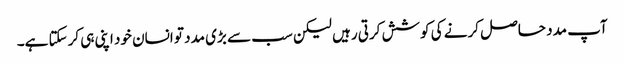
آپ مدد حاصل کرنے کی کوشش کرتی رہیں لیکن سب سے بڑی مدد تو انسان خود اپنی ہی کرسکتا ہے۔